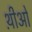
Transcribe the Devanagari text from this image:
थ़ीओ